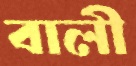
বালী